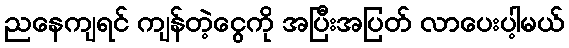
ညနေကျရင် ကျန်တဲ့ငွေကို အပြီးအပြတ် လာပေးပါ့မယ်